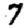
Digit: 7